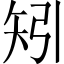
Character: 矧